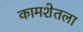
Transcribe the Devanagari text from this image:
कामशेतला